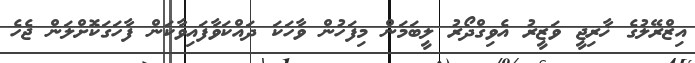
އިޒްރޭލުގެ ޚާރިޖީ ވަޒީރު އެވިގްދޯރު ލީބަމަން މިފަހުން ވާހަކަ ދައްކަވާފައިވާކަން ފާހަގަކޮށްލަން ޖެހެ